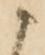
こ